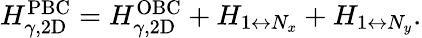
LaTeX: \begin{array}{r}{H_{\gamma,\mathrm{2D}}^{\mathrm{PBC}}=H_{\gamma,\mathrm{2D}}^{\mathrm{OBC}}+H_{1\leftrightarrow N_{x}}+H_{1\leftrightarrow N_{y}}.}\end{array}